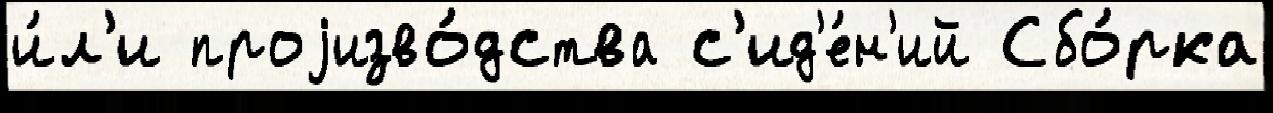
и́л'и проjизво́дства с'ид'е́н'ий Сбо́рка